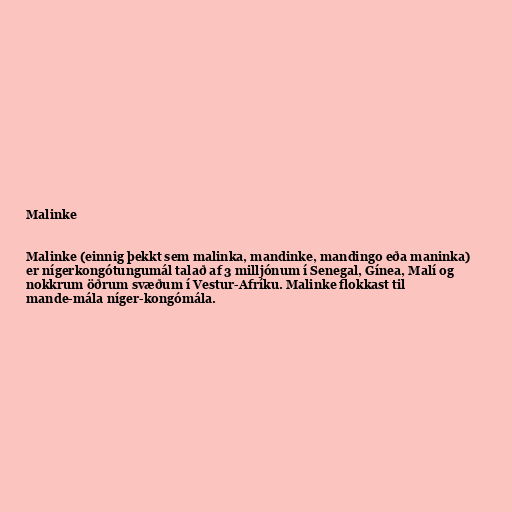
Malinke

Malinke (einnig þekkt sem malinka, mandinke, mandingo eða maninka)
er nígerkongótungumál talað af 3 milljónum í Senegal, Gínea, Malí og
nokkrum öðrum svæðum í Vestur-Afríku. Malinke flokkast til
mande-mála níger-kongómála.